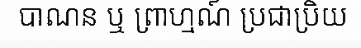
បាណន ឬ ព្រាហ្មណ៍ ប្រជាប្រិយ